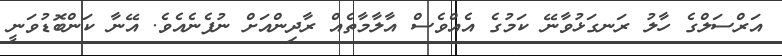
އަރްސަލްގެ ހާލު ރަނގަޅުވާނޭ ކަމުގެ އެއްވެސް އާލާމާތެއް ރާދިންއަށް ނުފެނެއެވެ. އޭނާ ކަންބޮޑުވަނީ